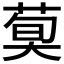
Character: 𦳣